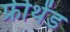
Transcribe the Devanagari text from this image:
फ्रीथेंड